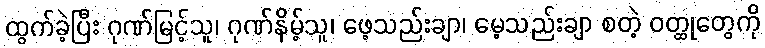
ထွက်ခဲ့ပြီး ဂုဏ်မြင့်သူ၊ ဂုဏ်နိမ့်သူ၊ ဖေ့သည်းချာ၊ မေ့သည်းချာ စတဲ့ ဝတ္ထုတွေကို